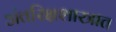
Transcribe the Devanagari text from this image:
अंतरिक्षशास्त्रात